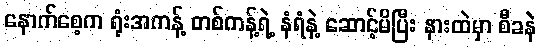
နောက်စေ့က ရုံးအကန့် တစ်ကန့်ရဲ့ နံရံနဲ့ ဆောင့်မိပြီး နားထဲမှာ စီခနဲ